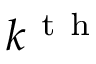
k ^ { \mathrm { ~ t ~ h ~ } }